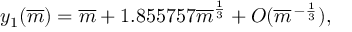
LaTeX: y _ { 1 } ( \overline { { { m } } } ) = \overline { { { m } } } + 1 . 8 5 5 7 5 7 \overline { { { m } } } ^ { \frac { 1 } { 3 } } + O ( \overline { { { m } } } \, ^ { - { \frac { 1 } { 3 } } } ) ,